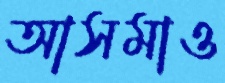
আসমাও